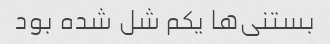
بستنی‌ها یکم شل شده بود